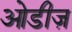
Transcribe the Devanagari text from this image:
ओडीज़